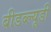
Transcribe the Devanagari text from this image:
बीडब्ल्यूडी